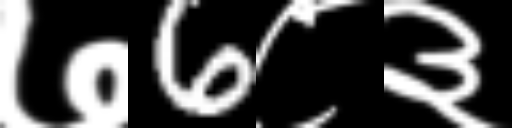
Text: ७6८३